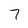
Character: 7